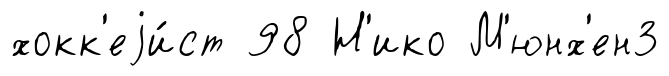
хокк'еjи́ст 98 Н'ико М'юнх'ен3